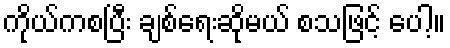
ကိုယ်ကစပြီး ချစ်ရေးဆိုမယ် စသဖြင့် ပေါ့။